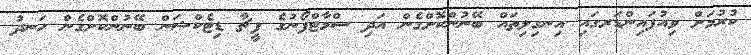
ކުރުމަށް ވިއުފައިންޑަރގައި އިނގިލިތައް ބޭނުންކޮށްގެން އަދި ސްމާޓްފޯނުގެ ފީޗާ ޑިޓެކްޝަން ބޭނުންކޮށްގެން ހަނދު